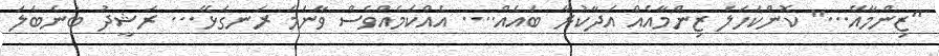
"ޒިންމާއޭ..." ކޮންކަހަލަ ޒިންމާއެއް އަދާކުރާ ބައެއް.... އެއްކަމެއްވެސް ވާނަމަ ރަނގަޅޭ... ރަޝީދު ބުނެބަލަ